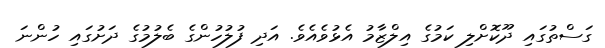
ގަސްތުގައި ދޫކޮށްލި ކަމުގެ އިލްޒާމު އެޅުވެއެވެ. އަދި ފުލުހުންގެ ބެލުމުގެ ދަށުގައި ހުންނަ